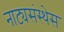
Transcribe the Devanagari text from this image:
नाट्यसंस्थेस